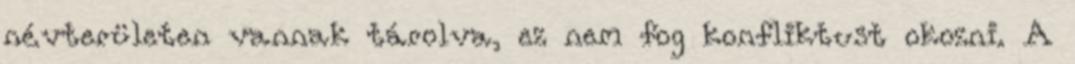
névterületen vannak tárolva, ez nem fog konfliktust okozni. A